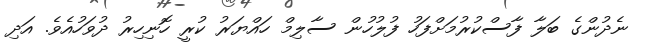
ނެދުންގެ ބަލާ ފާސްކުރުމަށްފަހު ފުލުހުން ސާލިމް ހައްޔަރު ކުރީ ހޮނިހިރު ދުވަހުއެވެ. އަދި